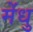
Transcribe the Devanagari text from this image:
मेंधु